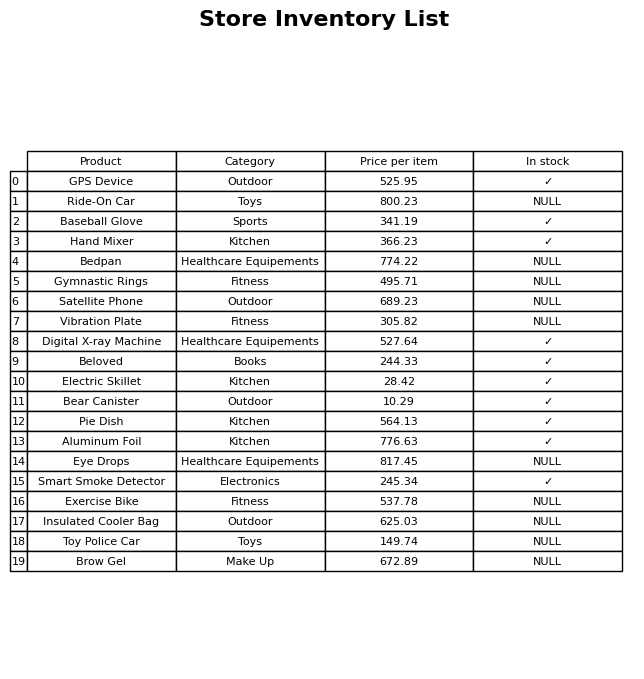
question: What is the price for Insulated Cooler Bag?
answer: The price of Insulated Cooler Bag is 625.03.